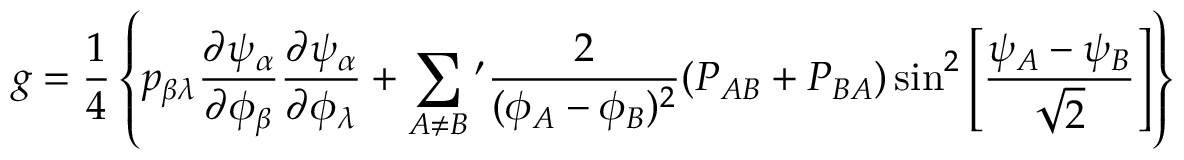
g = { \frac { 1 } { 4 } } \left\{ p _ { \beta \lambda } { \frac { \partial \psi _ { \alpha } } { \partial \phi _ { \beta } } } { \frac { \partial \psi _ { \alpha } } { \partial \phi _ { \lambda } } } + \sum _ { A \not = B } { ' } { \frac { 2 } { ( \phi _ { A } - \phi _ { B } ) ^ { 2 } } } ( P _ { A B } + P _ { B A } ) \sin ^ { 2 } \left[ { \frac { \psi _ { A } - \psi _ { B } } { \sqrt 2 } } \right] \right\}